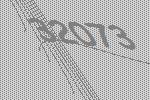
32073